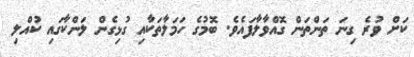
ކަށް ވުރެ ގިނަ ތަންތަން ގޮއްވާލާފައެވެ. ބޮމުގެ ހަމަލާތަކާއި ގުޅިގެން ލަންކާގައި ކުއްލި